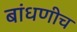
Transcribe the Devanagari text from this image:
बांधणीच